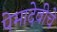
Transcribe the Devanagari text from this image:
पेमादेवीचे